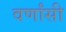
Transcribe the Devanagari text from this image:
वर्णांसी